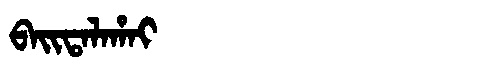
Manchu: ᠪᠠᡳᡨᠠᠯᠠᡥᠠᡳ
Romanization: BAITALAHAI